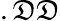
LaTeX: .\mathfrak{D}\mathfrak{D}